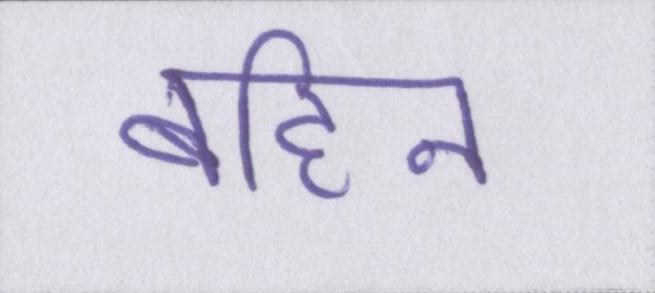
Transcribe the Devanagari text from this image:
बहिन